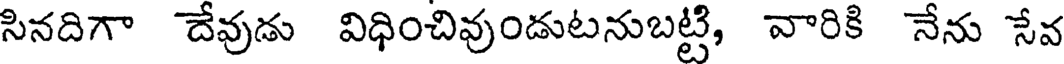
సినదిగా దేవుడు విధించివుండుటనుబట్టి, వారికి నేను సేవ